Report on vaccination in Madras 1922-1929 - 1922-1929
Year: 1922
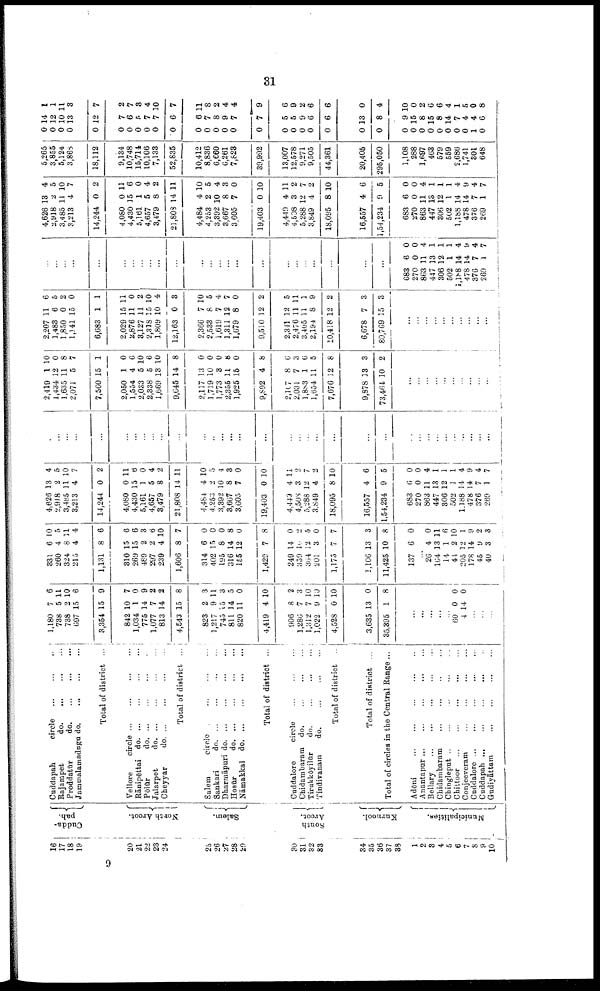
31
16
17
18
19
20
21
22
23
24
25
26
27
28
29
30
31
32
33
34
35
36
37
38
1
2
3
4
5
6
7
8
9
10
Cudda¬
pah.
North Arcot.
Salem.
South
Arcot.
Kurnool.
Municipalities.
Cuddapah
circle
...
...
...
Rajarapet do. ... ... ...
Proddatūr
do. ... ... ...
Jammalamadugu do.
... ... ...
Total of district ...
Vellore
circle
...
...
...
...
Rānipettai
do. ... ... ... ...
Pōlūr
do. ... ... ... ...
Jalarpet
do. ... ... ... ...
Cheyyar
do. ... ... ... ...
Total of district ...
Salem
circle ... ... ...
Sankari
do. ... ... ...
Dharmāpuri
do.
...
...
...
Hosūr
do. ... ... ... ...
Nāmakkal
do. ... ... ... ...
Total of district ...
Cuddalore
circle
...
...
...
Chidambaram
do. ... ... ...
Tirukkōyilūr
do.
...
...
...
Tindivanam
do. ... ... ...
Total
of district ...
Total of district ...
Total of circles in the Central Range ...
Adōni
...
...
...
...
...
Anantapur
...
...
...
...
...
Bellary
...
...
...
...
...
Chidambaram
...
...
...
...
Chingle put
...
...
...
...
...
Chittoor
...
...
...
...
...
Conjeeveram ... ... ... ...
Cuddalore
...
...
...
...
...
Cuddapah
...
...
...
...
...
Gudiyāttam
...
...
...
...
1,180
738
738
697
3,354
842
1,034
775
1,077
813
4,543
823
1,217
745
811
820
4,419
906
1,286
1,312
1,022
4,528
3,635
35,395
7
5
2
15
15
10
1
14
7
14
15
2
9
15
14
11
4
8
7
7
9
0
13
1
6
11
10
6
9
7
0
9
2
2
8
3
11
3
5
0
10
2
3
10
10
10
0
8
...
...
...
...
...
60
4
0
14
0
0
...
...
...
331
260
324
215
1,131
310
269
489
297
239
1,606
314
402
195
316
155
1,429
249
339
364
201
1,175
3,106
11,425
137
6
4
8
4
8
15
15
2
2
4
8
6
15
8
14
12
7
14
16
12
3
7
13
10
6
10
5
11
4
6
6
6
3
6
10
7
0
0
0
8
0
8
0
2
5
0
7
3
8
0
...
26
164
14
44
205
178
45
40
4
13
1
2
12
14
9
3
0
11
6
10
1
9
2
3
4,626
2,918
3,485
3,213
14,244
4,080
4,430
5,161
4,657
3,479
21,808
4,484
4,253
3,392
3,667
3,605
19,403
4,449
4,508
5,288
3,849
18,095
16,557
1,54,234
683
270
863
447
306
502
1,188
478
376
269
13
2
11
4
0
0
15
1
5
8
14
4
2
16
8
7
0
4
3
12
4
8
4
9
6
0
11
13
12
1
14
14
7
1
4
5
10
7
2
11
6
0
4
2
11
10
5
4
3
0
10
11
2
7
2
10
6
5
0
0
4
1
1
1
4
9
4
7
...
...
...
...
...
...
...
...
...
...
...
...
...
...
...
...
...
...
...
...
...
...
...
...
...
...
...
...
...
...
...
...
...
...
2,419
1,434
1,635
2,071
7,560
2,050
1,554
2,033
2,338
1,669
9,645
2,117
1,719
1,773
2,355
1,925
9,892
2,107
2,031
1,883
1,654
7,676
9,878
73,464
1
12
11
5
15
1
4
5
5
13
14
13
10
3
11
15
4
8
7
1
11
12
13
10
10
0
8
7
1
0
6
10
6
10
8
0
0 0
8
0
8
6
3
6
5
8
3
2
...
...
...
...
...
...
...
...
...
...
2,207
1,483
1,850
1,141
6,683
2,029
2,876
3,127
2,318
1,809
12,163
2,366
2,533
1,619
1,311
1,679
9,510
2,341
2,476
3,405
2,194
10,418
6,678
80,769
11
6
0
15
1
15
11
11
25
10
0
7
8
7
12
8
12
12
11
11
8
12
7
15
6
5
2
0
1
11
0
2
10
4
3
10
5
4
7
0
2
5
11
1
9
2
3
3
...
...
...
...
...
...
...
...
...
...
...
...
...
...
...
...
...
...
...
...
...
...
...
...
...
...
...
...
...
...
...
...
...
...
683
270
863
447
306
502
1,188
478
376
269
6
0
11
13
12
1
14
14
7
1
0
0
4
1
1
1
4
9
4
7
4,626
2,918
3,485
3,213
14,244
4,080
4,430
5,161
4,657
3,479
21,803
4,484
4,253
3,392
3,667
3,605
19,403
4,449
4,508
5,288
3,849
18,095
16,557
1,54,234
683
270
863
447
306
502
1,188
478
376
269
13
2
11
4
0
0
15
1
5
8
14
4
2
10
8
7
0
4
3
12
4
8
4
9
6
0
11
13
12
1
14
14
7
1
4
5
10
7
2
11
6
0
4
2
11
10
5
4
3
0
10
11
2
7
2
10
6
5
0
0
4
1
1
1
4
9
4
7
5,265
3,855
5,124
3,868
18,112
9,134
10,748
15,714
10,106
7,133
52,835
10,412
8,836
6,660
6,261
7,823
39,992
13,007
12,578
9,271
9,505
44,361
20,405
295,050
1,108
288
1,697
463
579
569
2,686
1,741
301
648
0
0
0
0
0
0
0
0
0
0
0
0
0
0
0
0
0
0
0
0
0
0
0
0
0
0
0
0
0
0
0
0
1
0
14
12
10
13
12
7
6
5
7
7
6
6
7
8
9
7
7
5
5
9
6
6
13
8
9
15
8
15
8
14
7
4
4
6
1
1
11
3
7
2
7
3
4
10
7
11
8
2
4
4
9
6
9
2
6
6
0
4
10
0
2
6
6
4
1
5
0
8
9